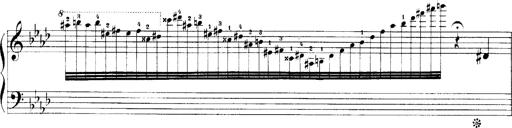
Title: LiebestrÃ¤ume
Composer: Franz Behr
Key: E-flat major